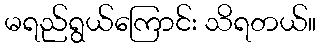
မရည်ရွယ်ကြောင်း သိရတယ်။